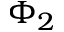
\Phi _ { 2 }